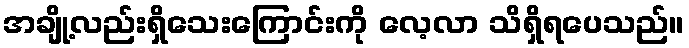
အချို့လည်းရှိသေးကြောင်းကို လေ့လာ သိရှိရပေသည်။